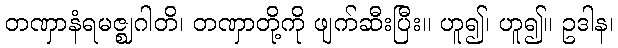
တဏှာနံရမဇ္ဈဂါတိ၊ တဏှာတို့ကို ဖျက်ဆီးပြီး။ ဟူ၍၊ ဟူ၍။ ဥဒါန၊